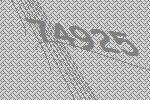
74925